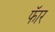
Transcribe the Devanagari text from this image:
फॅार